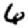
Digit: 6